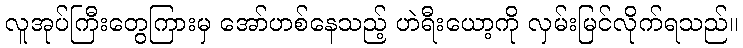
လူအုပ်ကြီးတွေကြားမှ အော်ဟစ်နေသည့် ဟဲရီးယော့ကို လှမ်းမြင်လိုက်ရသည်။